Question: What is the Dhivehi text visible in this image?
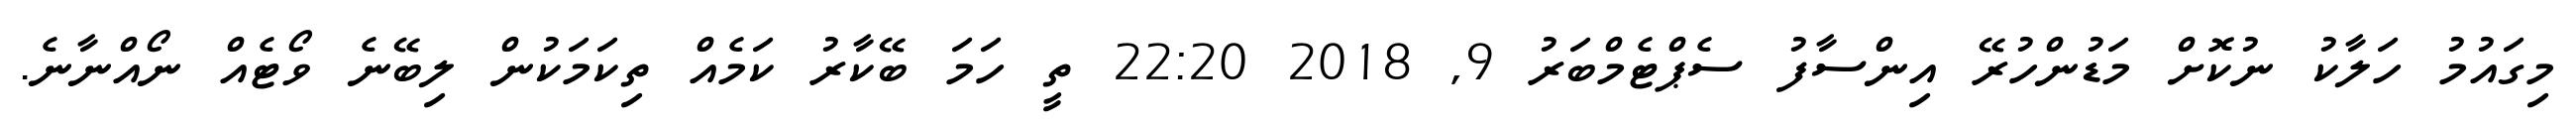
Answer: މިގައުމު ހަލާކު ނުކޮށް މަޑުންހުރޭ އިންސާފު ސެޕްޓެމްބަރު 9, 2018 22:20 ތީ ހަމަ ބޭކާރު ކަމެއް ތިކަމަކުން ލިބޭނެ ވޯޓެއް ނޯއްނާނެ.